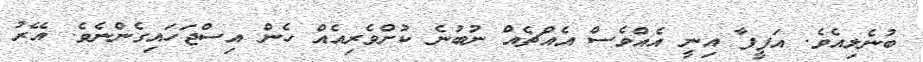
ބުނެލިއެވެ. އަފީފާ އިނީ އެއްވެސް އެއްޗެއް ނުބުނެ ކުށްވެރިއެއް ހެން އިސްޖަހައިގެންނެވެ. އޭރު